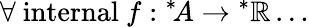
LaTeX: \forall{\mathrm{~internal~}}f:{^{*}\! A}\rightarrow{^{*}\mathbb{R}}\dots